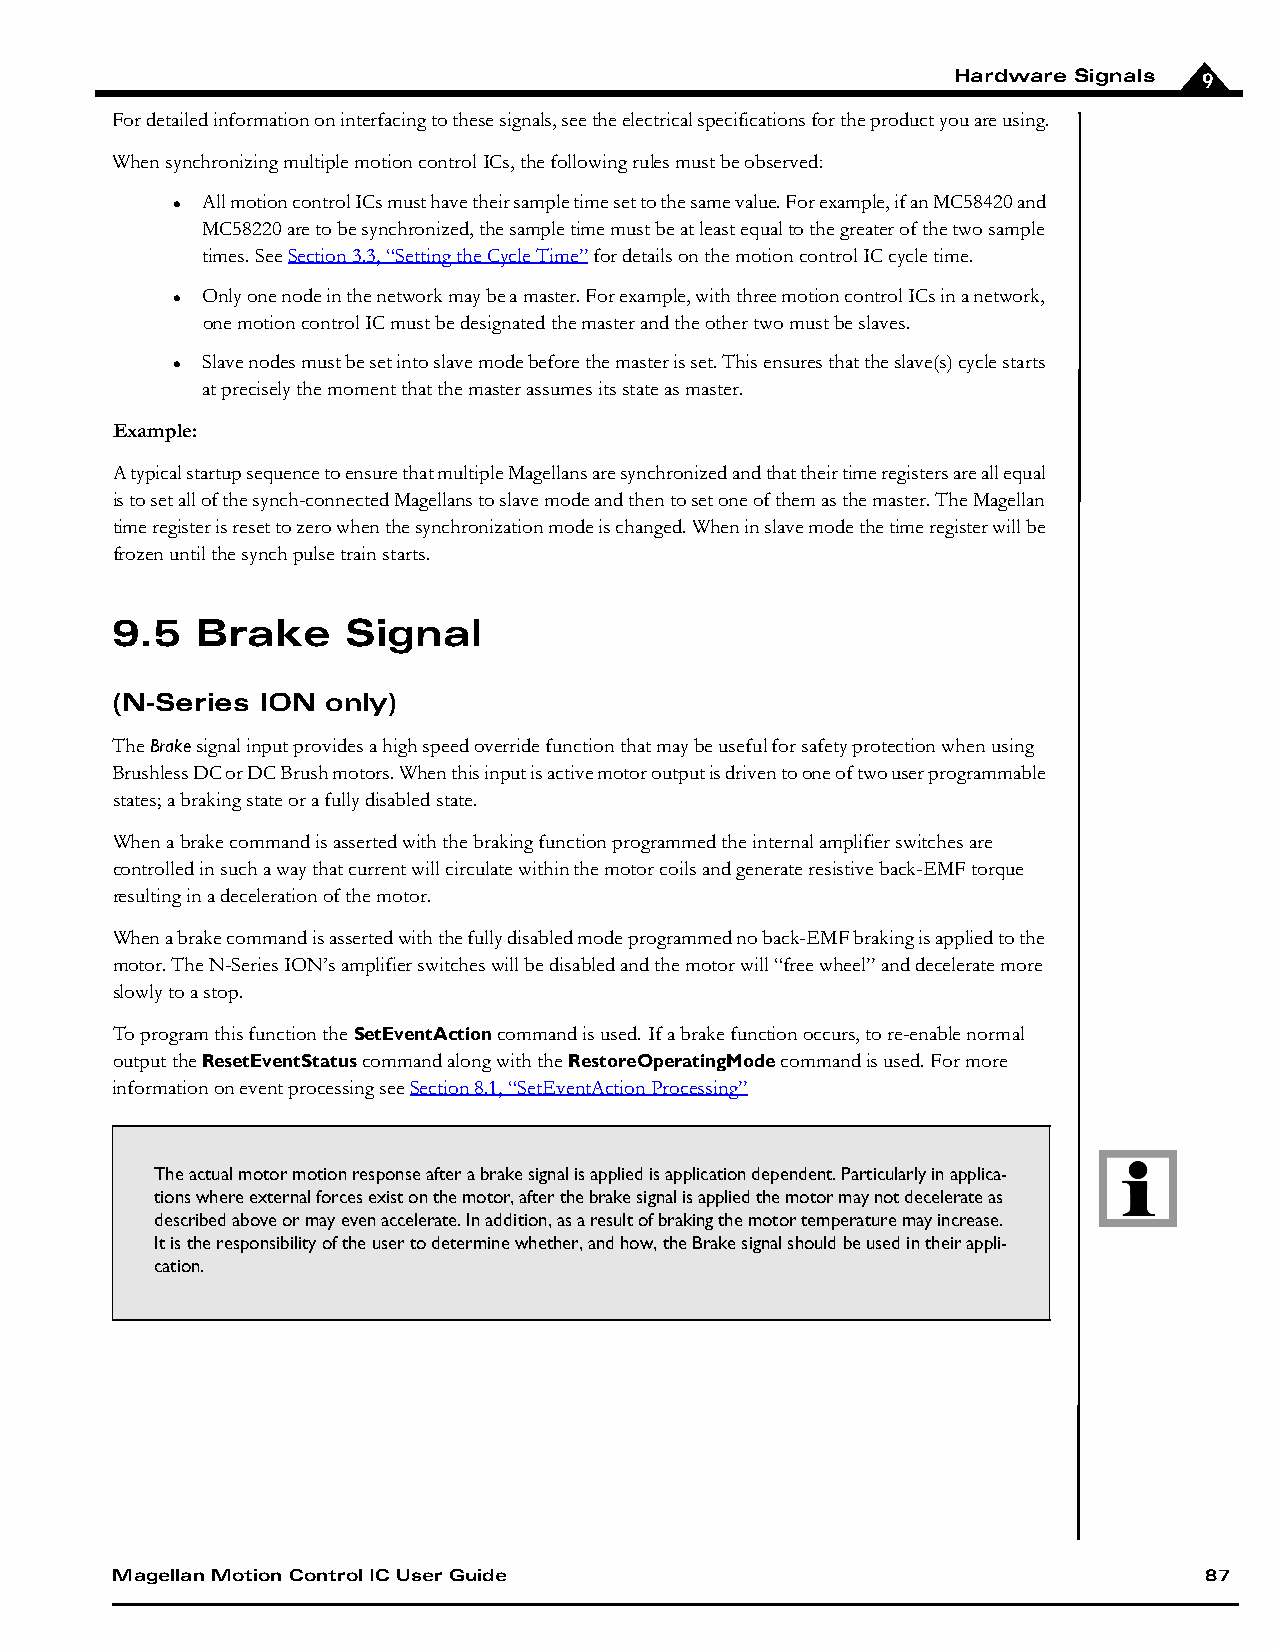
Hardware Signals 9
 For detailed information on interfacing to these signals, see the electrical specifications for the product you are using.
 When synchronizing multiple motion control ICs, the following rules must be observed:
 All motion control ICs must have their sample time set to the same value. For example, if an MC58420 and
 
 MC58220 are to be synchronized, the sample time must be at least equal to the greater of the two sample
 times. See Section 3.3, “Setting the Cycle Time” for details on the motion control IC cycle time.
 Only one node in the network may be a master. For example, with three motion control ICs in a network,
 
 one motion control IC must be designated the master and the other two must be slaves.
 Slave nodes must be set into slave mode before the master is set. This ensures that the slave(s) cycle starts
 
 at precisely the moment that the master assumes its state as master.
 Example:
 A typical startup sequence to ensure that multiple Magellans are synchronized and that their time registers are all equal
 is to set all of the synch-connected Magellans to slave mode and then to set one of them as the master. The Magellan
 time register is reset to zero when the synchronization mode is changed. When in slave mode the time register will be
 frozen until the synch pulse train starts.
 9.5   Brake     Signal
 (N-Series ION  only)
 The Brake signal input provides a high speed override function that may be useful for safety protection when using
 Brushless DC or DC Brush motors. When this input is active motor output is driven to one of two user programmable
 states; a braking state or a fully disabled state.
 When a brake command is asserted with the braking function programmed the internal amplifier switches are
 controlled in such a way that current will circulate within the motor coils and generate resistive back-EMF torque
 resulting in a deceleration of the motor.
 When a brake command is asserted with the fully disabled mode programmed no back-EMF braking is applied to the
 motor. The N-Series ION’s amplifier switches will be disabled and the motor will “free wheel” and decelerate more
 slowly to a stop.
 To program this function the SetEventAction command is used. If a brake function occurs, to re-enable normal
 output the ResetEventStatus command along with the RestoreOperatingMode command is used. For more
 information on event processing see Section 8.1, “SetEventAction Processing”
 The actual motor motion response after a brake signal is applied is application dependent. Particularly in applica-
 tions where external forces exist on the motor, after the brake signal is applied the motor may not decelerate as
 described above or may even accelerate. In addition, as a result of braking the motor temperature may increase.
 It is the responsibility of the user to determine whether, and how, the Brake signal should be used in their appli-
 cation.
 Magellan Motion Control IC User Guide                                    87